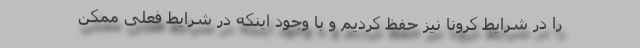
را در شرایط کرونا نیز حفظ کردیم و با وجود اینکه در شرایط فعلی ممکن